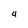
Character: 4